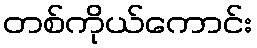
တစ်ကိုယ်ကောင်း